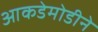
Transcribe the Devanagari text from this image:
आकडेमोडीने